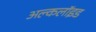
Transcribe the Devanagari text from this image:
अल्कलॉइड